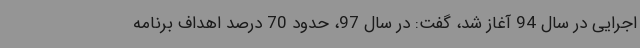
اجرایی در سال 94 آغاز شد، گفت: در سال 97، حدود 70 درصد اهداف برنامه